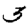
Digit: 3